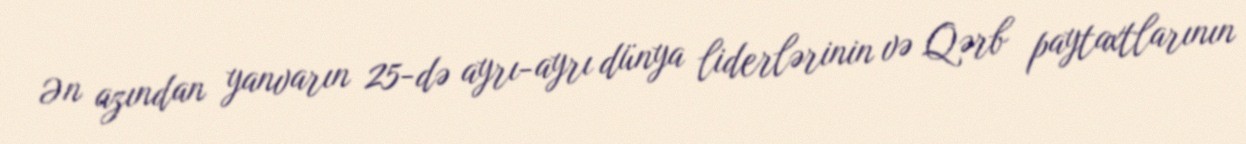
Ən azından yanvarın 25-də ayrı-ayrı dünya liderlərinin və Qərb paytaxtlarının